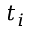
t _ { i }